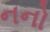
નનો